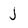
Character: j